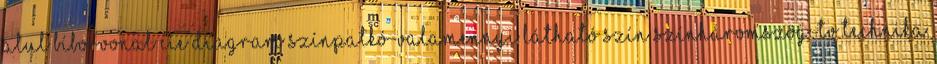
Alul bíborvonal CIE diagram Színpatkó-valamennyi látható szín Színháromszög-TV technika